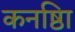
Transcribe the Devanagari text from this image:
कनष्ठाि